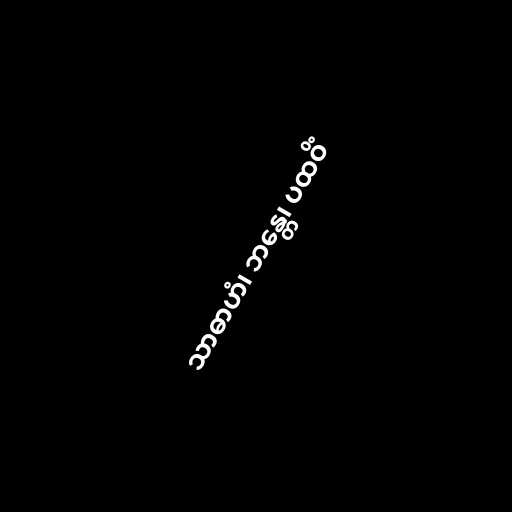
သာဓာဟံ၊ ဘန္တေ၊ ပထဝိံ